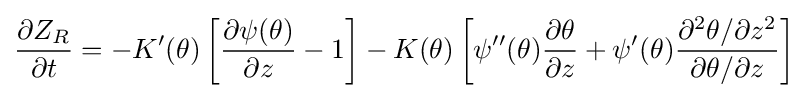
{\frac {\partial Z_{R}}{\partial t}}=-K'(\theta )\left[{\frac {\partial \psi (\theta )}{\partial z}}-1\right]-K(\theta )\left[\psi ''(\theta ){\frac {\partial \theta }{\partial z}}+\psi '(\theta ){\frac {\partial ^{2}\theta /\partial z^{2}}{\partial \theta /\partial z}}\right]